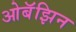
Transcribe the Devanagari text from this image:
ओबॅझिन